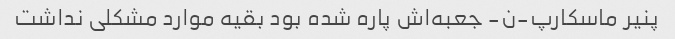
پنیر ماسکارپ-ن- جعبه‌اش پاره شده بود بقیه موارد مشکلی نداشت